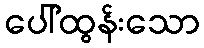
ပေါ်ထွန်းသော